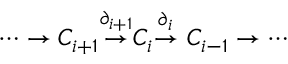
\cdots \to C _ { i + 1 } { \stackrel { \partial _ { i + 1 } } { \to } } C _ { i } { \stackrel { \partial _ { i } } { \to } } \ C _ { i - 1 } \to \cdots